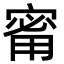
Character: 𪧟